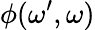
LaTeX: \phi(\omega^{\prime},\omega)